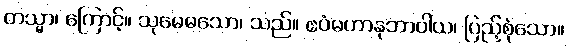
တသ္မာ၊ ကြောင့်။ သုမေဓသော၊ သည်။ ဧဝံမဟာနုဘာဝါယ၊ ပြည့်စုံသော။